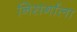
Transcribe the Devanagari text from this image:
निसर्गाला